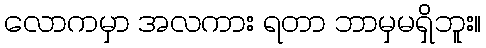
လောကမှာ အလကား ရတာ ဘာမှမရှိဘူး။